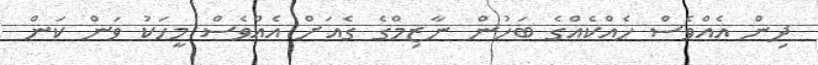
ދިން އެއްވެސް ހެއްކެއްގެ ބަހުން ނާޒިމްގެ ގެއަށް އެއްވެސް މީހަކު ވަން ކަން